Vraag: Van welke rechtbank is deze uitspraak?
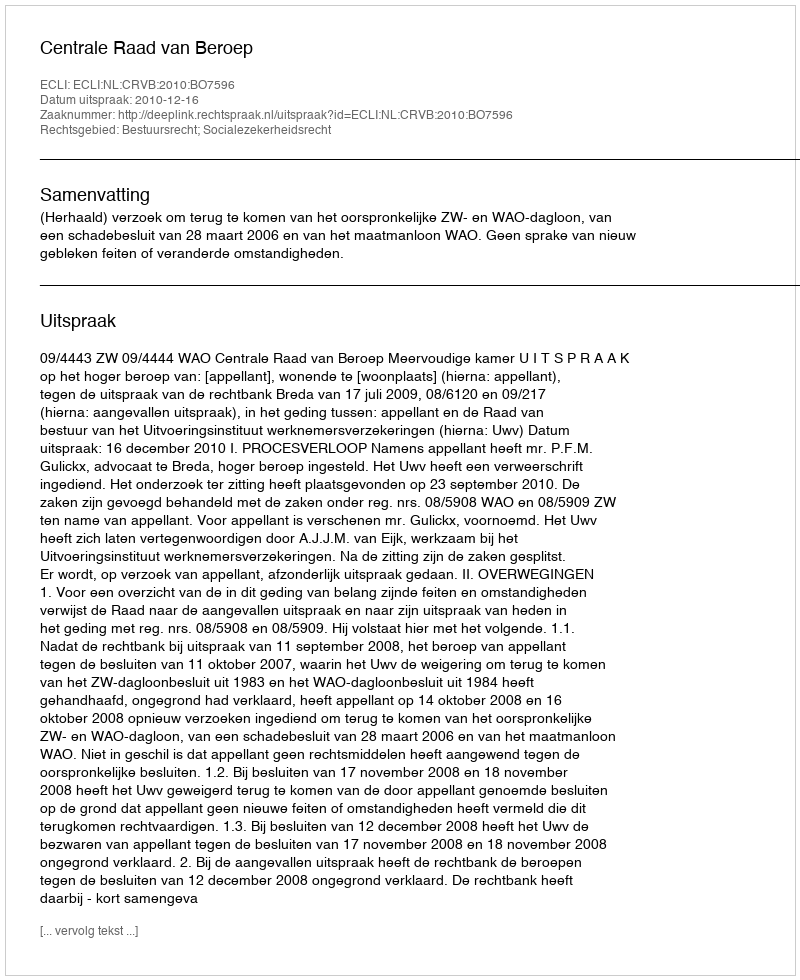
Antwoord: Centrale Raad van Beroep